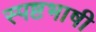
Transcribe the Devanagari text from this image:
स्पष्टभाषी